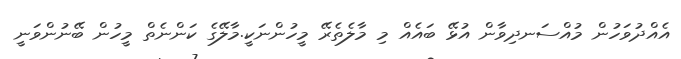
އެއްދުވަހުން މުއްސަނދިވާން އުޅޭ ބައެއް މި މާލެތެރޭ މީހުންނަކީ.މާލޭގެ ކަންނެތް މީހުން ބޭނުންވަނީ